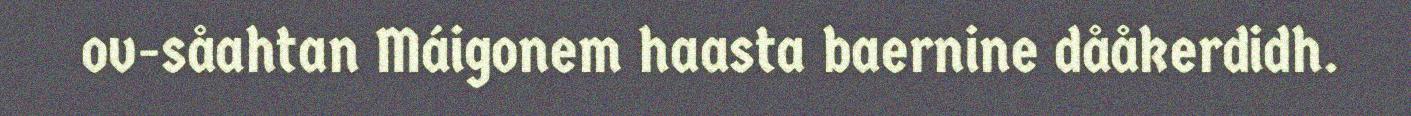
ov-såahtan Máigonem haasta baernine dååkerdidh.